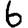
Digit: 6